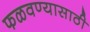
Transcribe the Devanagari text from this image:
फळवण्यासाठी